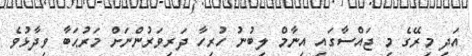
އަދި މިރޭގެ މި ޖައްސާގައި އިނާމް ލިބުނު ހުރިހާ ދަރިވަރުންނަށް މަރުޙަބާ ވިދާޅުވެ